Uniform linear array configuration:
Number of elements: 24
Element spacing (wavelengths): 0.5
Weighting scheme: exponential
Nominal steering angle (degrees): -45
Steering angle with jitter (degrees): -45.275
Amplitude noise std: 0.05
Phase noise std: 0.05

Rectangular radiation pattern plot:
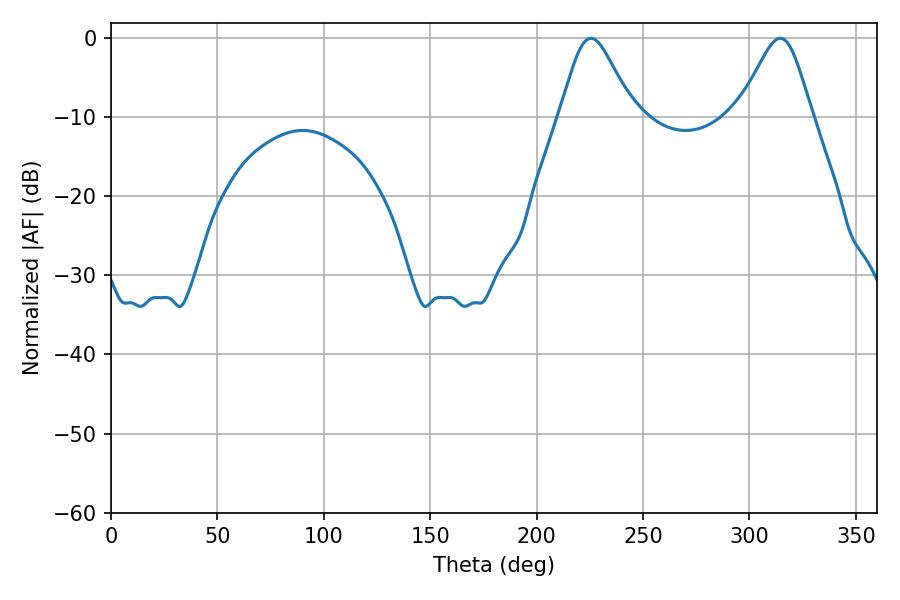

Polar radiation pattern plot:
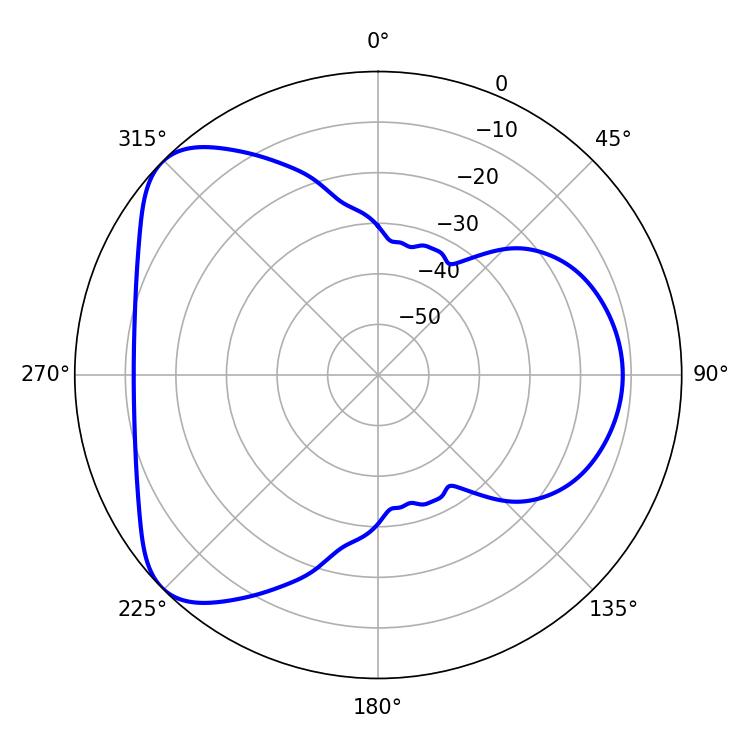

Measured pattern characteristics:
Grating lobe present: FALSE
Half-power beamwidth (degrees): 16.92
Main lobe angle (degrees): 225.54